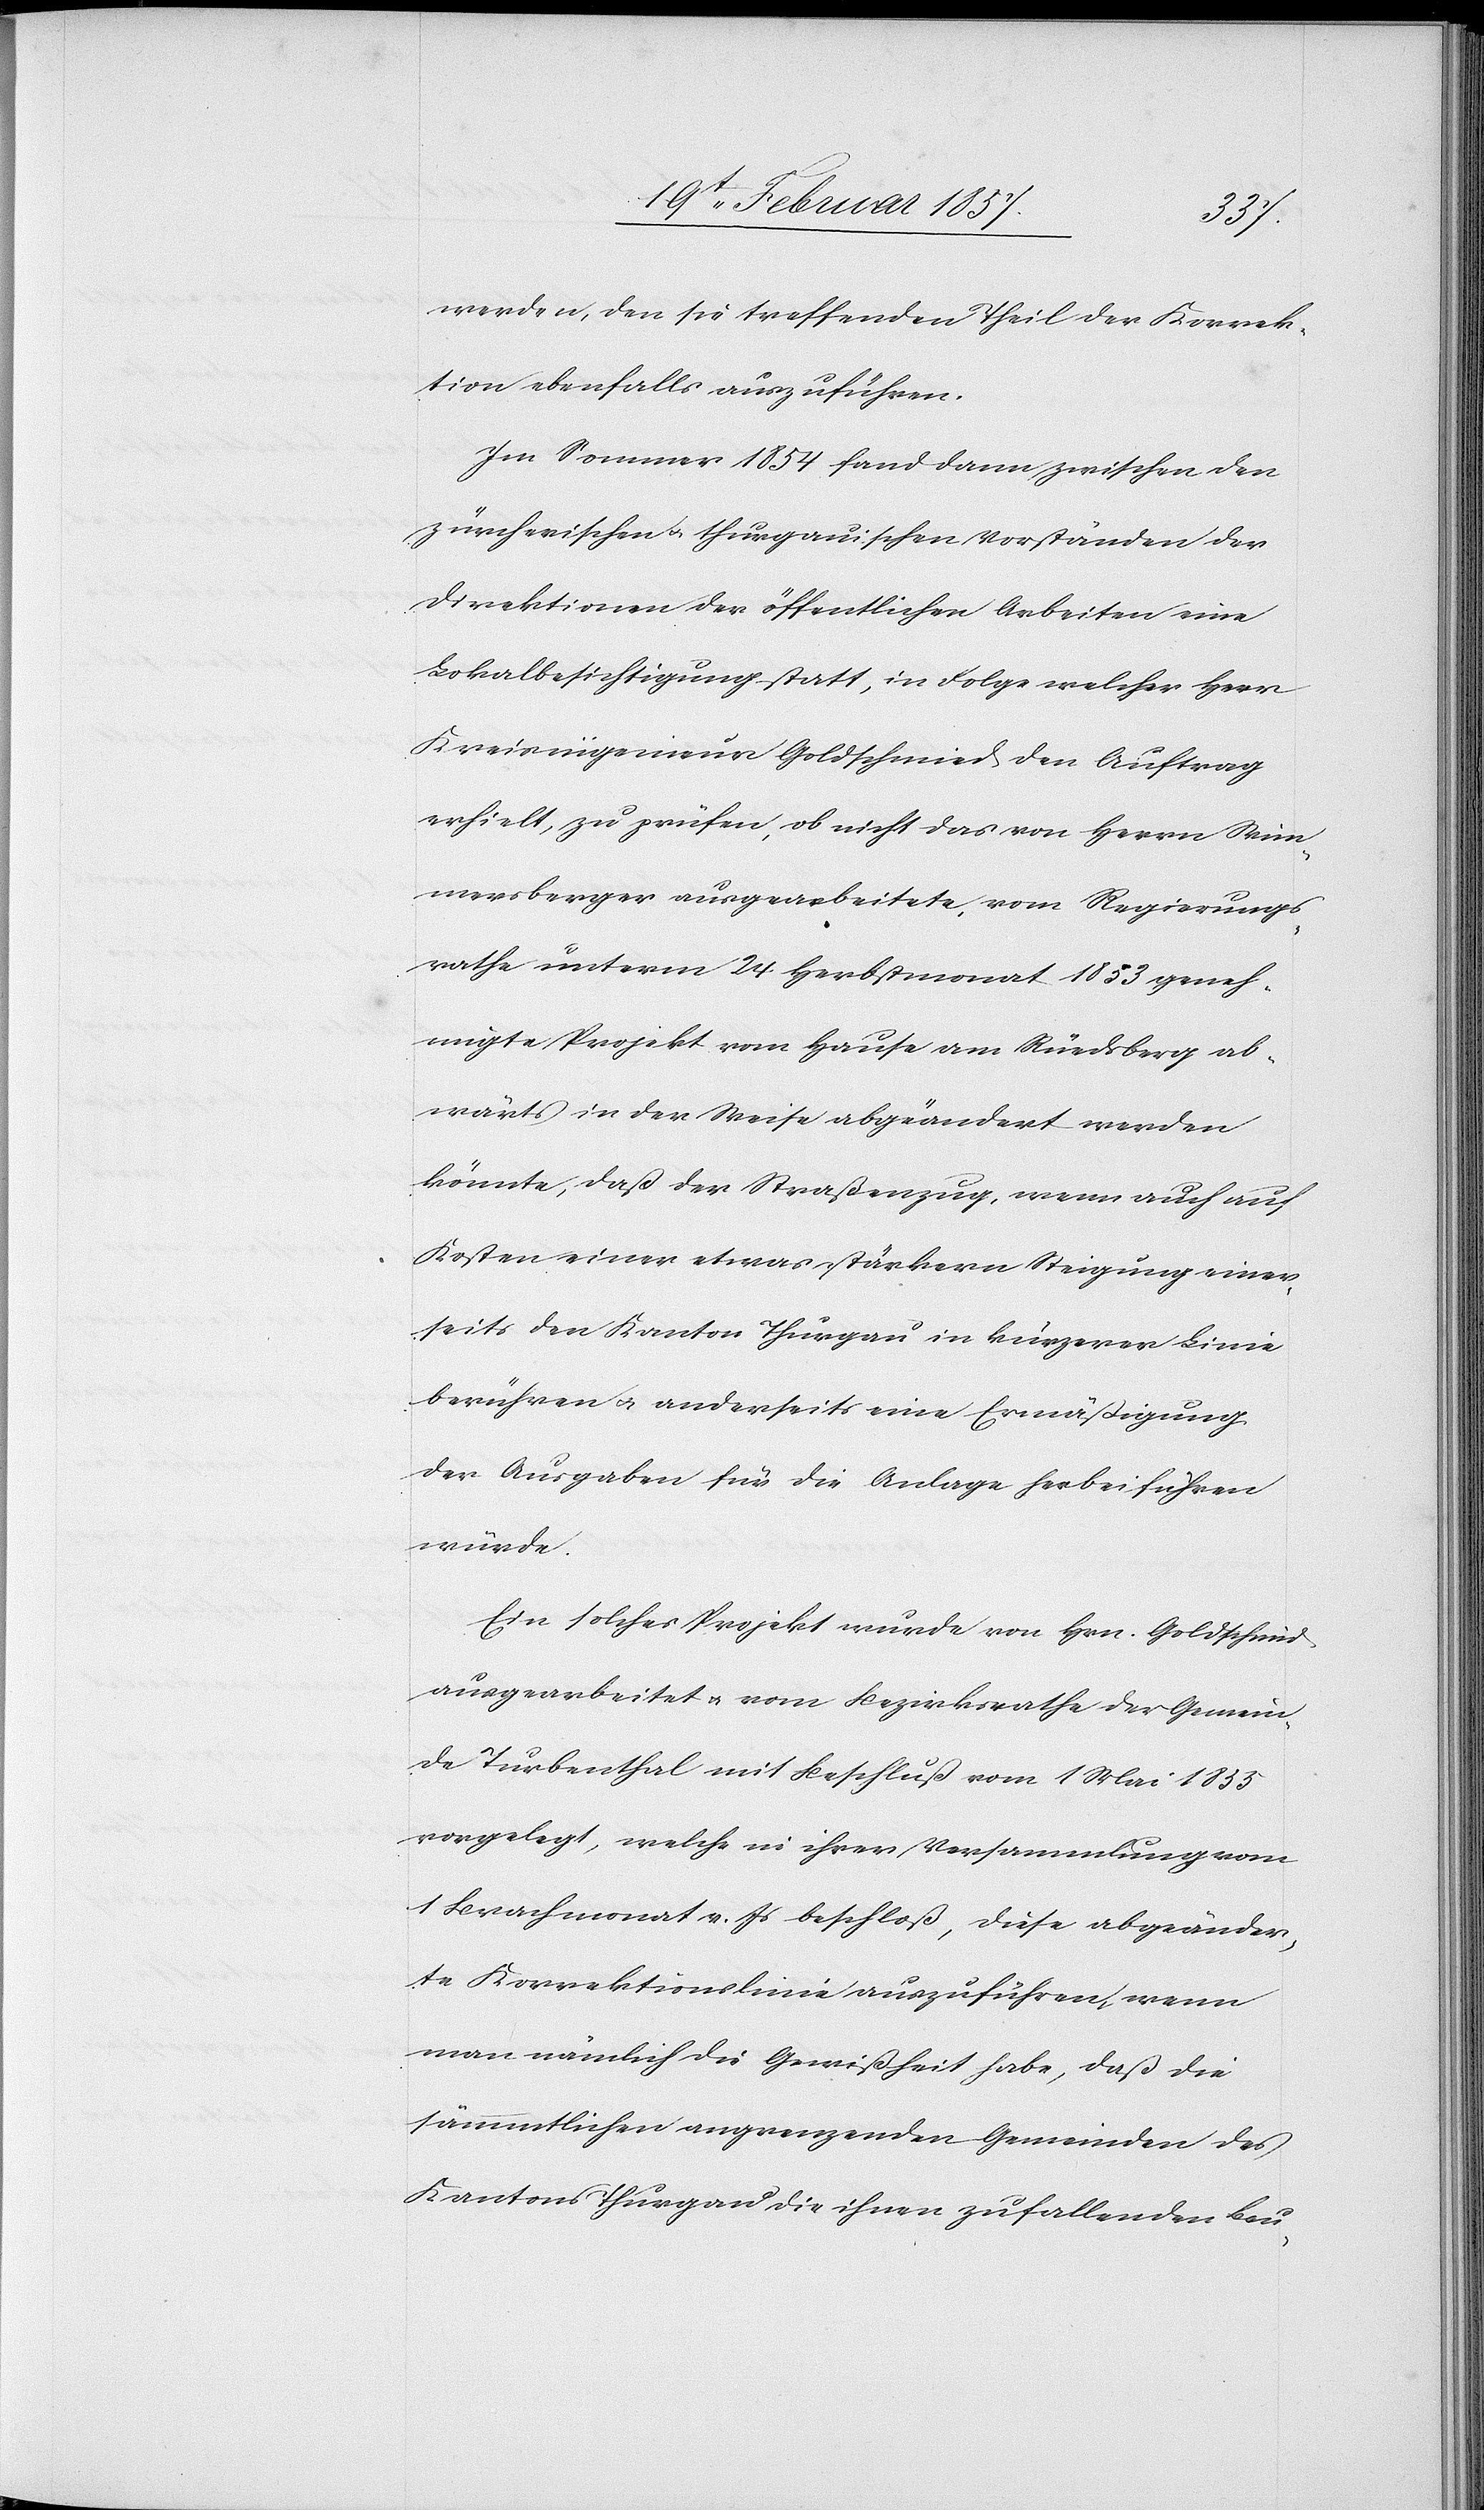
werden, den sie treffenden Theil der Korrek¬
tion ebenfalls auszuführen.
Im Sommer 1854 fand dann zwischen den
zürcherischen u. thurgauischen Vorständen der
Direktion der öffentlichen Arbeiten eine
Lokalbesichtigung statt, in Folge welcher Herr
Kreisingenieur Goldschmied den Auftrag
erhielt, zu prüfen, ob nicht das von Herrn Wim¬
mersberger ausgearbeitete, vom Regierungs¬
rathe unterm 24 Herbstmonat 1853 geneh¬
migte Projekt vom Hause am Rüedsberg ab¬
wärts in der Weise abgeändert werden
könnte, daß der Straßenzug, wenn auch auf
Kosten einer etwas stärkern Steigung einer¬
seits den Kanton Thurgau in kürzerer Linie
berühren u. anderseits eine Ermäßigung
der Ausgaben für die Anlage herbeiführen
würde.
Ein solches Projekt wurde von Hrn. Goldschmid
ausgearbeitet u. vom Bezirksrathe der Gemein¬
de Turbenthal mit Beschluß vom 1 Mai 1855
vorgelegt, welche in ihrer Versammlung vom
1 Brachmonat v. Js beschloß, diese abgeänder¬
te Korrektionslinie auszuführen, wenn
man nämlich die Gewißheit habe, das die
sämmtlichen angrenzenden Gemeinden des
Kantons Thurgau die ihnen zufallenden Bau-